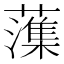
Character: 𫊋